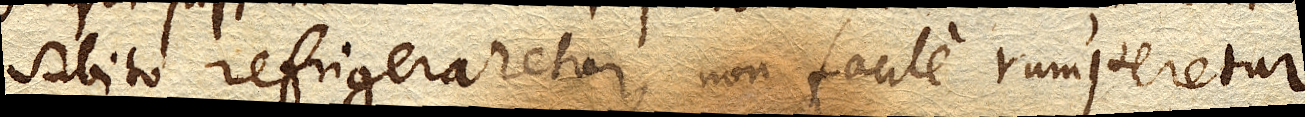
subito refrigeraretur, non facile rumperetur.